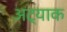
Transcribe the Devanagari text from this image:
अट्याक